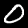
Digit: 0